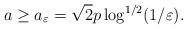
LaTeX: \begin{align*}a \geq a_\varepsilon =\sqrt{2}p \log^{1/2}(1/\varepsilon).\end{align*}